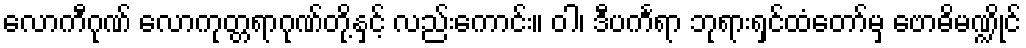
လောကီဂုဏ် လောကုတ္တရာဂုဏ်တို့နှင့် လည်းကောင်း။ ဝါ၊ ဒီပင်္ကရာ ဘုရားရှင်ထံတော်မှ ဗောဓိမဏ္ဍိုင်